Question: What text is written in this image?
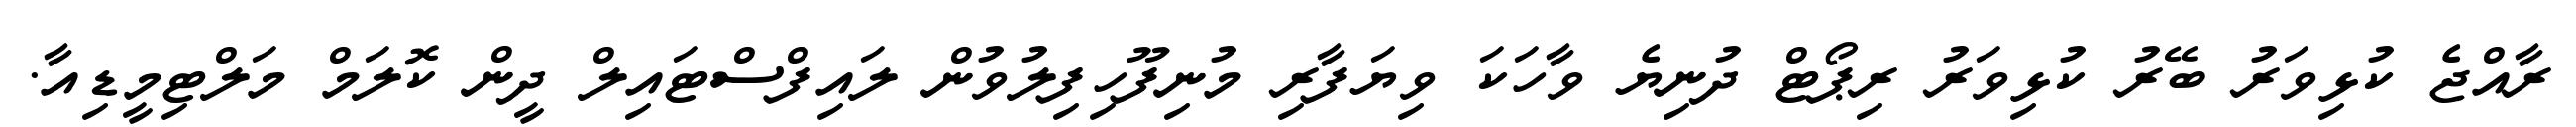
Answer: ރާއްޖެ ކުޅިވަރު ބޭރު ކުޅިވަރު ރިޕޯޓް ދުނިޔެ ވާހަކަ ވިޔަފާރި މުނިފޫހިފިލުވުން ލައިފްސްޓައިލް ދީން ކޮލަމް މަލްޓިމީޑިއާ.